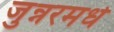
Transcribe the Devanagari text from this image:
जुन्नरमधे